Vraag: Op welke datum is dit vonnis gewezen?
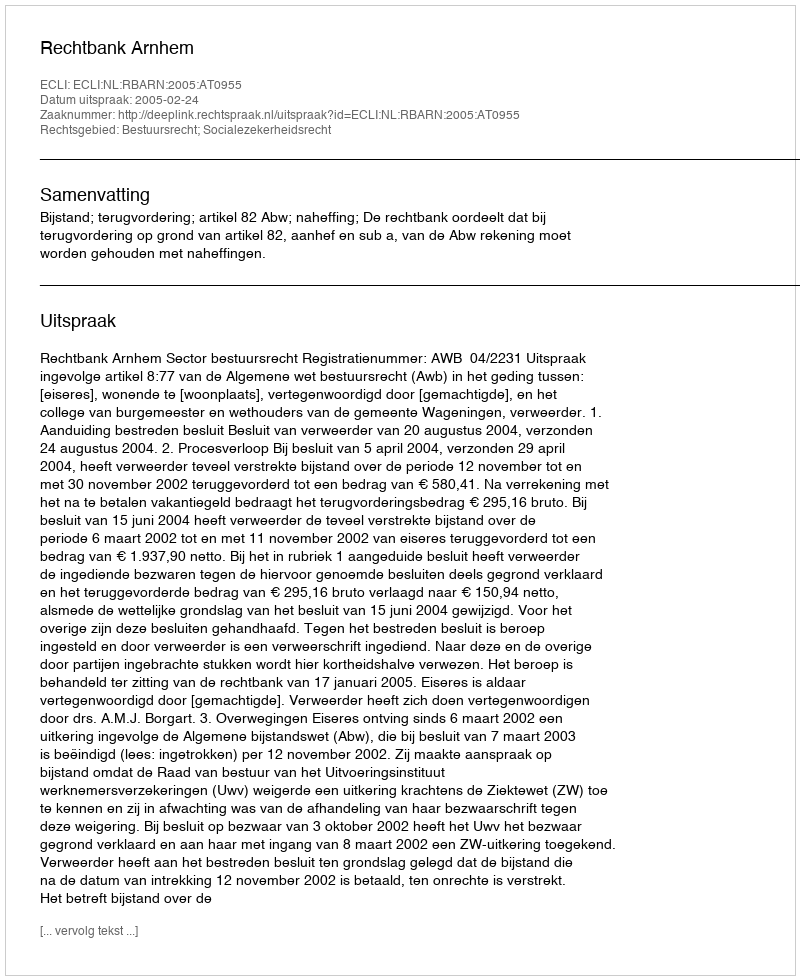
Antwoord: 2005-02-24